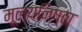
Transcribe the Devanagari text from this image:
मूल्यनिष्ठा